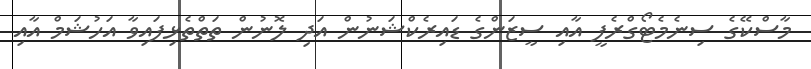
މާސްކޭގެ ސިނެމެޓޯގްރެފީ އާއި ސީޒަންގެ ޑައިރެކްޝަނުން އަދި ލޮނުން ތަތްތެޅިފައިވާ އަހުޝަމް އާއި